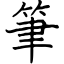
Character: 筆